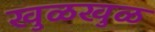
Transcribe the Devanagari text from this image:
खुळखुळ